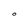
Character: O